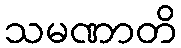
သမဏာတိ